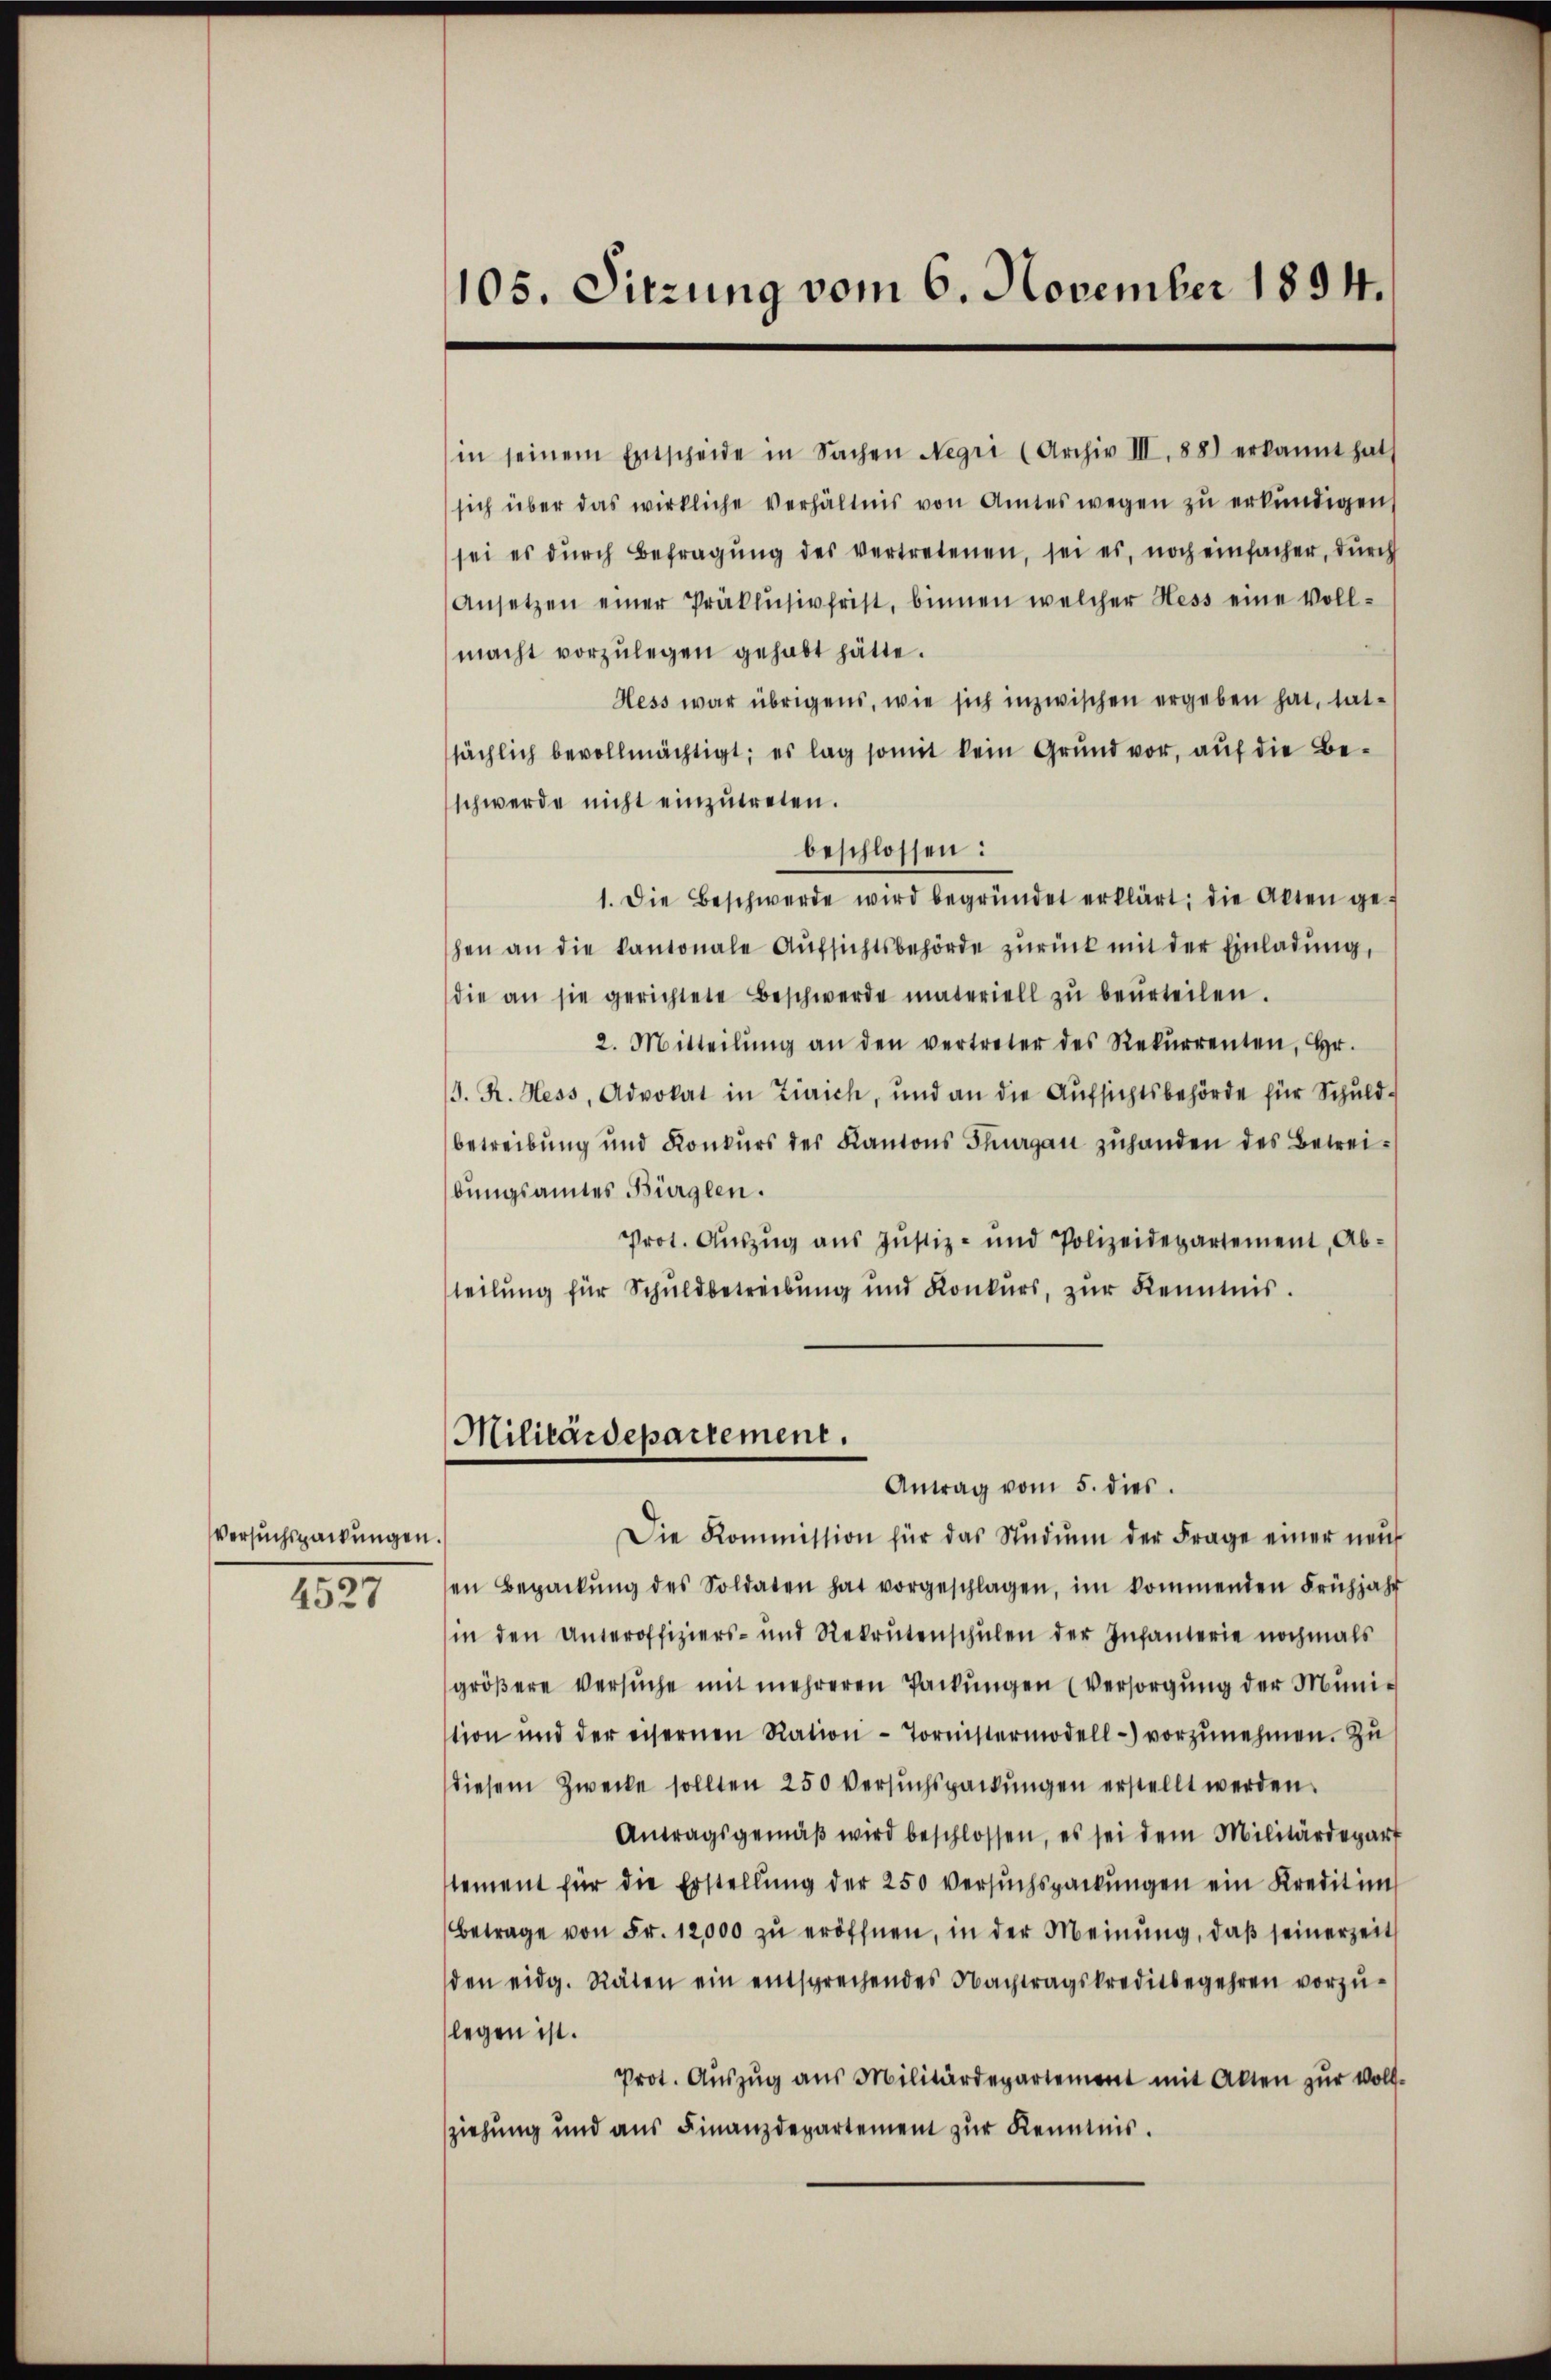
Versuchspackungen.

4527

105. Sitzung vom 6. November 1894.

in seinem Entscheide in Sachen Negri (Archiv III. 88) erkannt hat
sich über das wirkliche Verhältnis von Amtes wegen zŭ erkundigen,
sei es dŭrch Befragŭng des vertretenen, sei es, noch einfacher, dŭrch
Ansetzen einer Präklusivfrist, binnen welcher Hess eine Voll-
macht vorzŭlegen gehabt hätte.
Hess war übrigens, wie sich inzwischen ergeben hat, tatsächlich bevollmächtigt; es lag somit kein Grund vor, auf die Beschwerde nicht einzŭtreten.
beschlossen:
1. Die Beschwerde wird begründet erklärt; die Akten ge-
hen an die kantonale Aŭfsichtsbehörde zŭrück mit der Einladŭng,
die an sie gerichtete Beschwerde materiell zŭ beŭrteilen.
2. Mitteilŭng an den vertreter des Rekŭrrenten, Hr.
J. R. Hess, Advokat in Zürich, und an die Aŭfsichtsbehörde für Schuld-
betreibung und Konkurs des Kantons Thurgau zuhanden des Betreibungsannes Bürglen.
Prot. Auszug aus Justiz- und Polizeidepartement, Abtteilung für Schuldbetreibung und Konkurs, zŭr Kenntnis.
Militärdepartement.
Antrag vom 5. dies
Die Kommission für das Studium der Frage einer neŭ
en Bepackŭng des Soldaten hat vorgeschlagen, im kommenden Frühjahr
in den Unteroffiziers- und Rekrutenschŭlen der Infanterie nochmals
gröβere Versŭche mit mehreren Packŭngen (Versorgŭng der Muni-
tion und der eisernen Ration Tornistermodell-) vorzŭnehmen. Zŭ
diesem Zwecke sollten 250 Versuchspackungen erstellt werden.
Antragsgemäβ wird beschlossen, es sei dem Militärdepart
stement für die Erstellung der 250 versuchspackungen ein Kredit im
Betrage von Fr. 12,000 zŭ eröffnen, in der Meinŭng, daβ seinerzeit
den eidg. Räten ein entsprechendes Nachtragskreditbegehren vorzŭ-
legen ist.
Prot. Aŭszŭg aŭs Militärdepartement mit Alten zŭr Voll-
ziehung und aus Finanzdepartement zur Kenntnis.